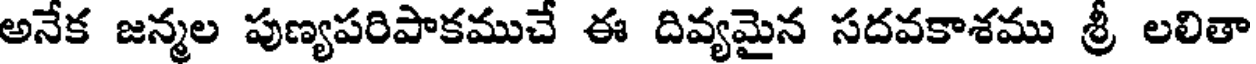
అనేక జన్మల పుణ్యపరిపాకముచే ఈ దివ్యమైన సదవకాశము శ్రీ లలితా